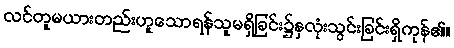
လင်တူမယားတည်းဟူသောရန်သူမရှိခြင်း၌နှလုံးသွင်းခြင်းရှိကုန်၏။